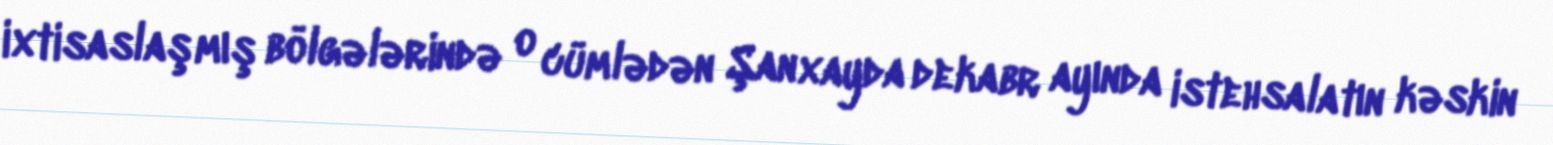
ixtisaslaşmış bölgələrində o cümlədən Şanxayda dekabr ayında istehsalatın kəskin